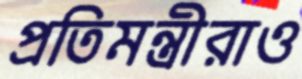
প্রতিমন্ত্রীরাও